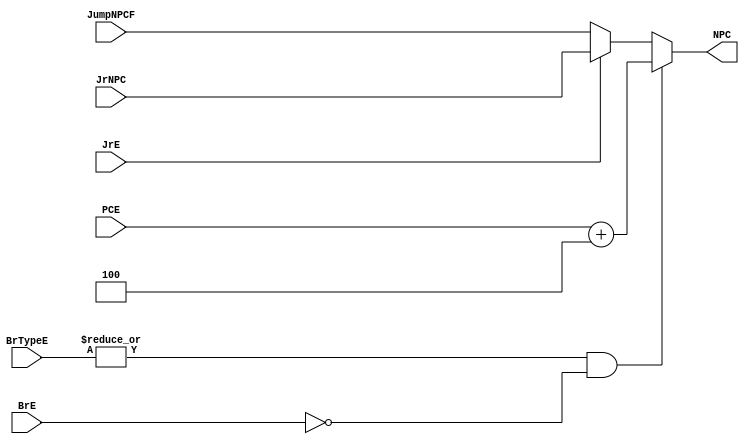
module npc (
    input wire [1:0] BrTypeE,
    input wire BrE,
    input wire JrE,
    input wire [31:0] JrNPC,
    input wire [31:0] PCE,
    input wire [31:0] JumpNPCF,

    output wire [31:0] NPC
);

  // wrong branch prediction (back to PC4), jump Rs, else jump directly
  assign NPC = ((|BrTypeE) && ~BrE) ? PCE + 4 : (JrE) ? JrNPC : JumpNPCF;

endmodule